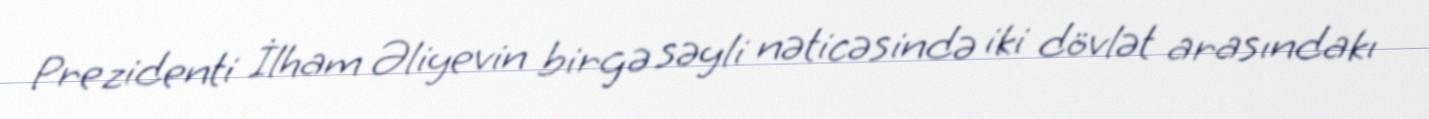
Prezidenti İlham Əliyevin birgə səyli nəticəsində iki dövlət arasındakı